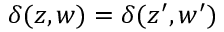
{ \delta ( z , w ) = \delta ( z ^ { \prime } , w ^ { \prime } ) }